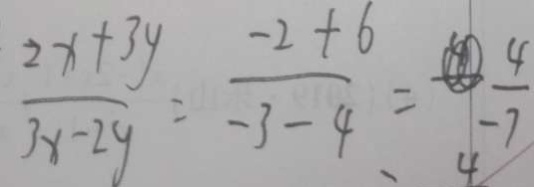
\frac { 2 x + 3 y } { 3 x - 2 y } = - \frac { - 2 + 6 } { - 3 - 4 } = \frac { 4 } { - 7 }